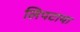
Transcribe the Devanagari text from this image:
लिपटाया